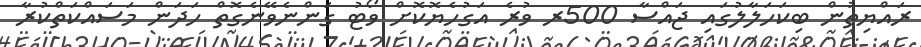
ރައްޔިތުން ބިކަހަލާލުގައި ޖައްސާ 500ރ ވުރެ އަގުހެޔޮކޮށް ވޯޓު ގަންނެވޭނެގޮތް ހަދަން މަސައްކަތްކުރާ